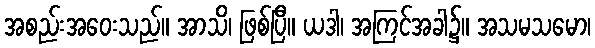
အစည်းအဝေးသည်။ အာသိ၊ ဖြစ်ပြီ။ ယဒါ၊ အကြင်အခါ၌။ အသမသမော၊